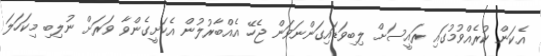
އެކަން ކުރެއްވުމުގައި ރައީސަށް ލިބިވަޑައިގަންނަވަން ޖެހޭ އެއްބާރުލުން އެކަށީގެންވާ ވަރަށް ނުލިބި މިކަހަލަ